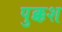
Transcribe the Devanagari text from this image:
पुक्कश